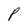
Character: P